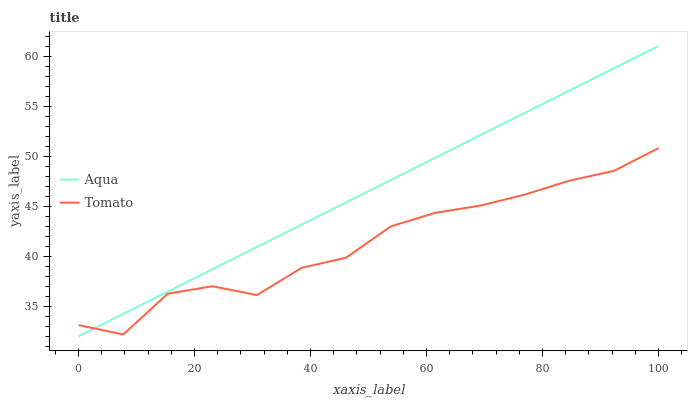
| xaxis_label | Aqua | Tomato |
 | --- | --- | --- |
 | 0 | 32 | 33.1 |
 | 7.69 | 34.2 | 32.2 |
 | 15.4 | 36.5 | 36.3 |
 | 23.1 | 38.7 | 37 |
 | 30.8 | 40.9 | 36.1 |
 | 38.5 | 43.2 | 38.8 |
 | 46.2 | 45.4 | 39.9 |
 | 53.8 | 47.6 | 43 |
 | 61.5 | 49.9 | 44.4 |
 | 69.2 | 52.1 | 45.1 |
 | 76.9 | 54.3 | 46.2 |
 | 84.6 | 56.6 | 47.6 |
 | 92.3 | 58.8 | 48.5 |
 | 100 | 61 | 50.8 |